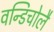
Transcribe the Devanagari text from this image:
वन्डिचोलै